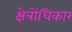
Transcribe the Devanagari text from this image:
क्षेत्रोंधिकार